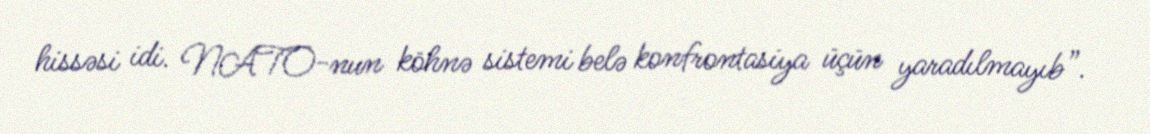
hissəsi idi. NATO-nun köhnə sistemi belə konfrontasiya üçün yaradılmayıb”.